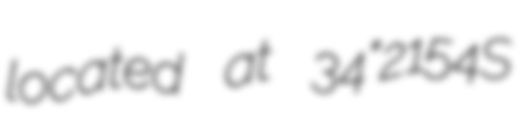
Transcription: located at 34°21′54″S